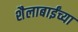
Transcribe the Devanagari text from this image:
शैलाबाईंच्या